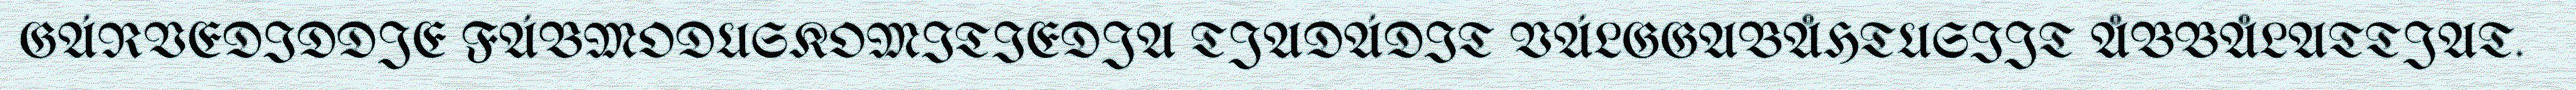
GÁRVEDIDDJE FÁBMODUSKOMITIEDJA TJADÁDIT VÁLGGABÅHTUSIJT ÅBBÅLATTJAT.